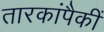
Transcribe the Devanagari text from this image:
तारकांपैकीं